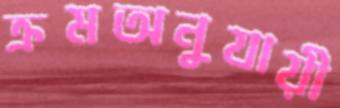
ক্রমঅনুযায়ী